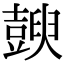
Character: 𧰇